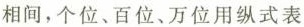
相间，个位、百位、万位用纵式表